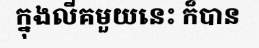
ក្នុងលីគមួយនេះ ក៏បាន